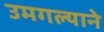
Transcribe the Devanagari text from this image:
उमगल्याने